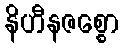
နိဟီနဇစ္စော